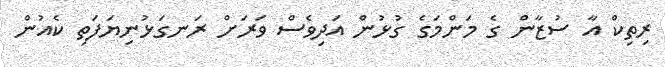
ރިތިކް އާ ސުޒާން ގެ މަންމަގެ ގުޅުން އަދިވެސް ވަރަށް ރަނގަޅުނިޔަފަތި ކެއުން